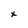
Character: x